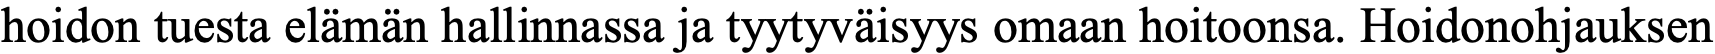
hoidon tuesta elämän hallinnassa ja tyytyväisyys omaan hoitoonsa. Hoidonohjauksen